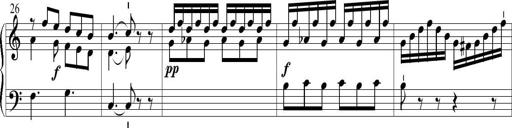
Title: 6 Leichte Sonatinen, Teil 1
Composer: F. Sigismund Sander